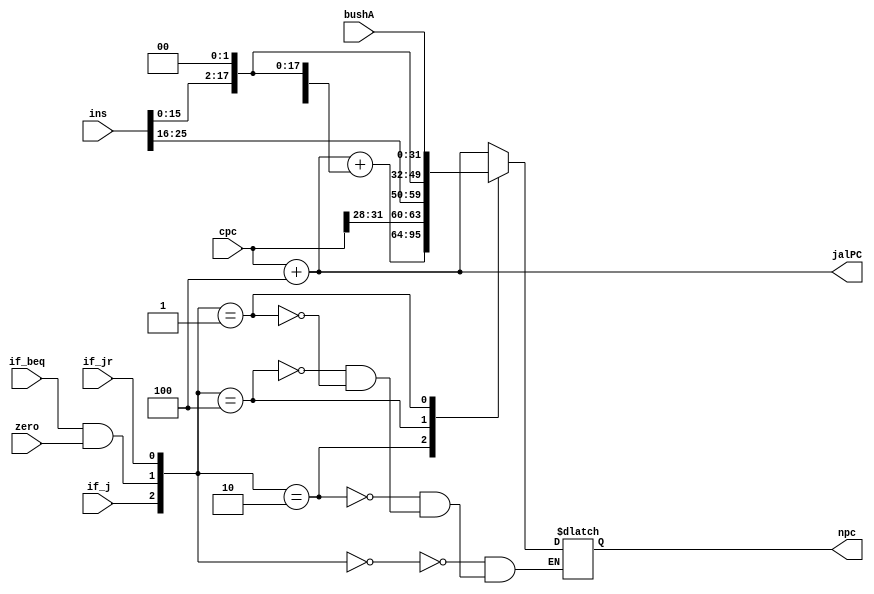
module calculate_pc(cpc,ins,if_beq,zero,if_j,npc,if_jr,jalPC,bushA);
    input [31:0] ins;        //32-bit instruct
    input [31:0] cpc;        //now PC
    input [31:0] bushA;     //target address in GPR rs 
    input if_beq,if_j,zero,if_jr;
    output [31:0] jalPC;
    output reg [31:0] npc;
    reg beq_jump;
    reg [2:0] choose;
    assign jalPC = cpc+4;

    always@(choose,ins,if_j,beq_jump,if_beq,zero,if_jr,bushA)
    begin
      beq_jump=if_beq && zero;
      choose={if_j,beq_jump,if_jr};
      case(choose)
          3'b000: npc = cpc+32'h4;                  //pc=pc+4
          3'b010: npc = cpc+32'h4+({{16{ins[15]}},ins[15:0]}<<2);   //beq
          3'b100: npc = {cpc[31:28],ins[25:0],2'b0};    //j jal
          3'b001: npc = bushA;
          default:npc = npc;
      endcase
    end
endmodule